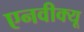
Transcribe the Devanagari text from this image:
एनवीक्यू